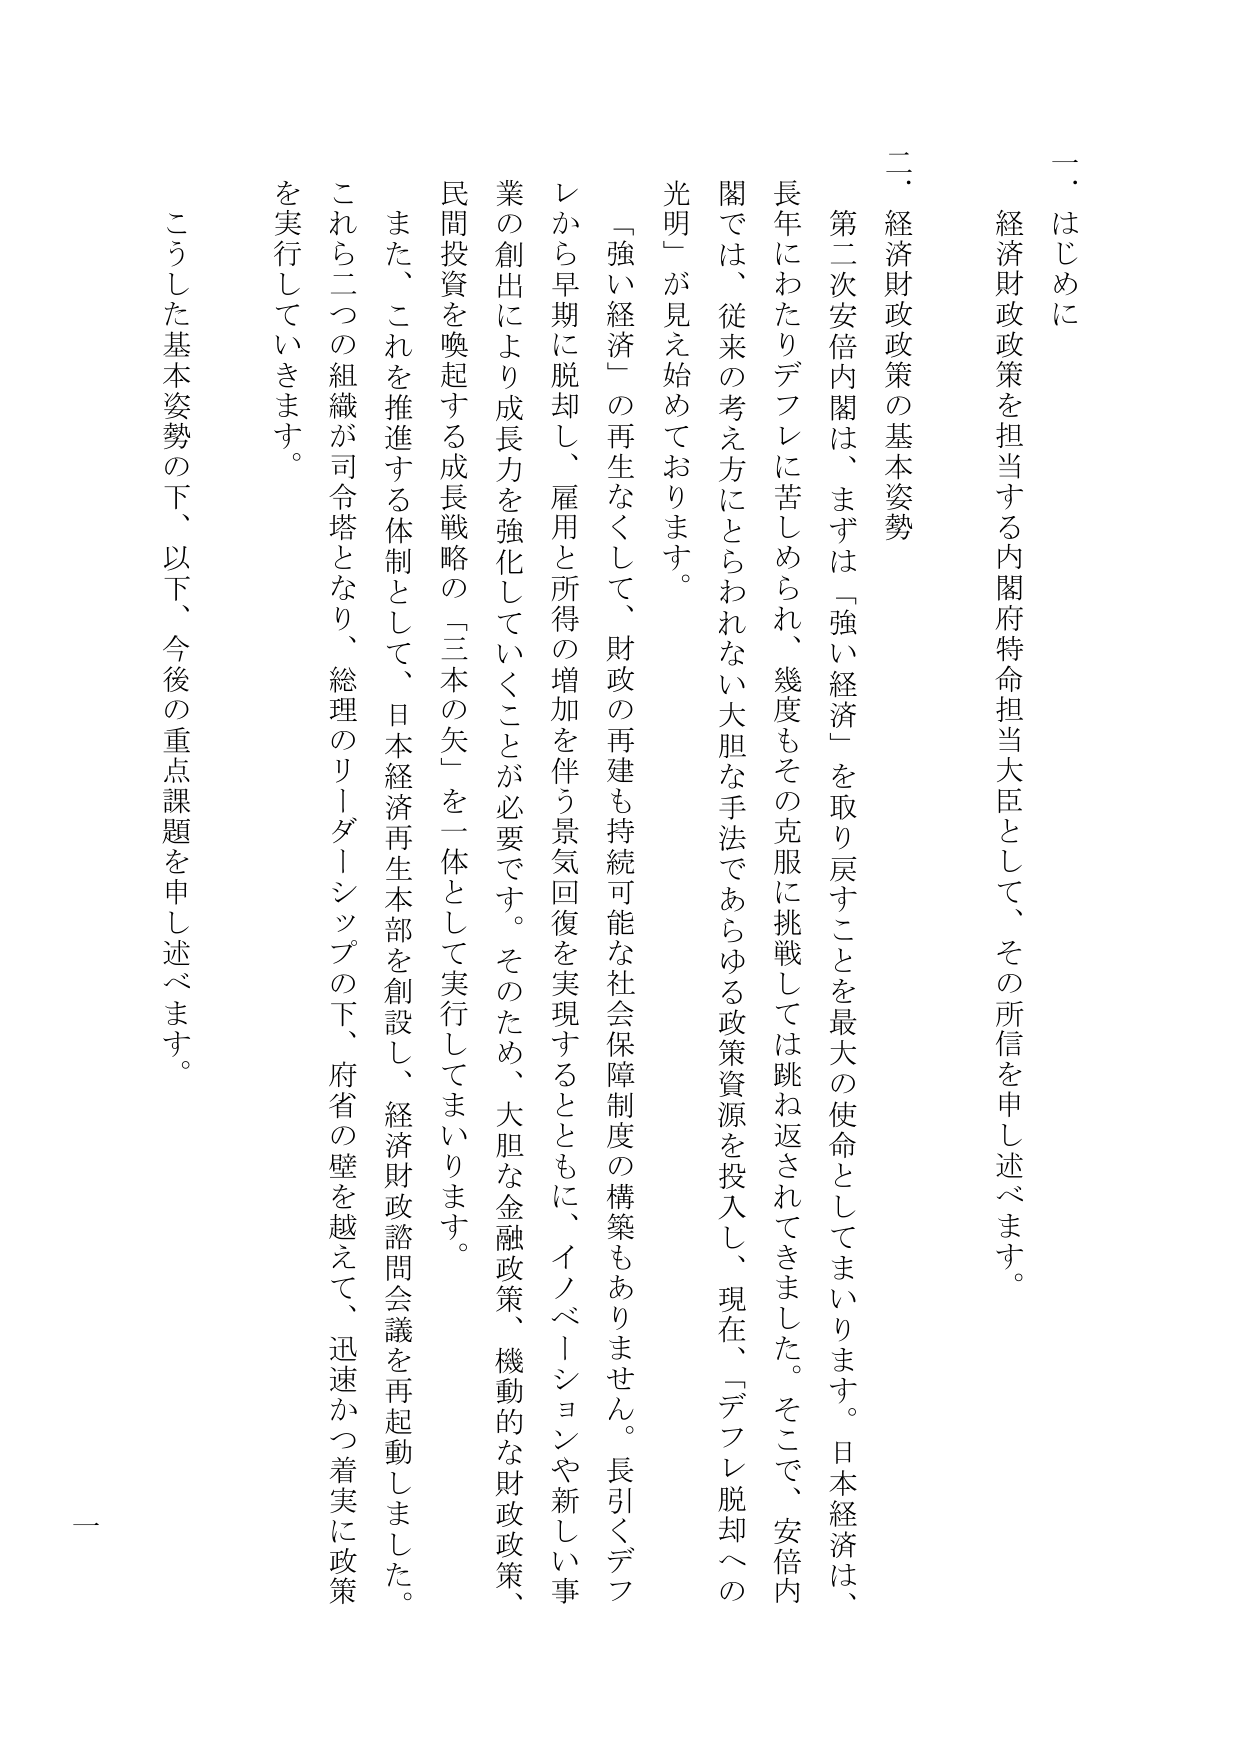
一．はじめに
経済財政政策を担当する内閣府特命担当大臣として、その所信を申し述べます。

二．経済財政政策の基本姿勢
第二次安倍内閣は、まずは「強い経済」を取り戻すことを最大の使命としてまいります。日本経済は、長年にわたりデフレに苦しめられ、幾度もその克服に挑戦しては跳ね返されてきました。そこで、安倍内閣では、従来の考え方にとらわれない大胆な手法であらゆる政策資源を投入し、現在、「デフレ脱却への光明」が見え始めております。

「強い経済」の再生なくして、財政の再建も持続可能な社会保障制度の構築もありません。長引くデフレから早期に脱却し、雇用と所得の増加を伴う景気回復を実現するとともに、イノベーションや新しい事業の創出により成長力を強化していくことが必要です。そのため、大胆な金融政策、機動的な財政政策、民間投資を喚起する成長戦略の「三本の矢」を一体として実行してまいります。

また、これを推進する体制として、日本経済再生本部を創設し、経済財政諮問会議を再起動しました。これら二つの組織が司令塔となり、総理のリーダーシップの下、府省の壁を越えて、迅速かつ着実に政策を実行していきます。

こうした基本姿勢の下、以下、今後の重点課題を申し述べます。

一